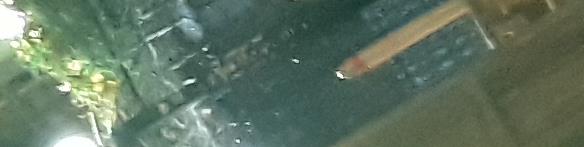
۴۹ی۳۱۴۶۶